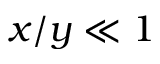
x / y \ll 1